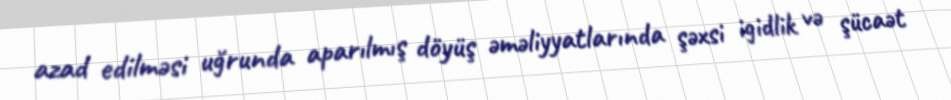
azad edilməsi uğrunda aparılmış döyüş əməliyyatlarında şəxsi igidlik və şücaət